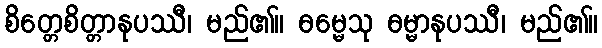
စိတ္တေစိတ္တာနုပဿီ၊ မည်၏။ ဓမ္မေသု ဓမ္မာနုပဿီ၊ မည်၏။